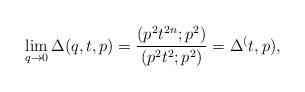
LaTeX: \begin{align*}\lim_{q \to 0} \Delta(q, t, p) = \frac{(p^2 t^{2n}; p^2)}{(p^2 t^2; p^2)} = \Delta^(t, p),\end{align*}